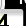
Digit: 4